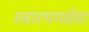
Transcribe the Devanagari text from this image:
स्वास्थयसेवा